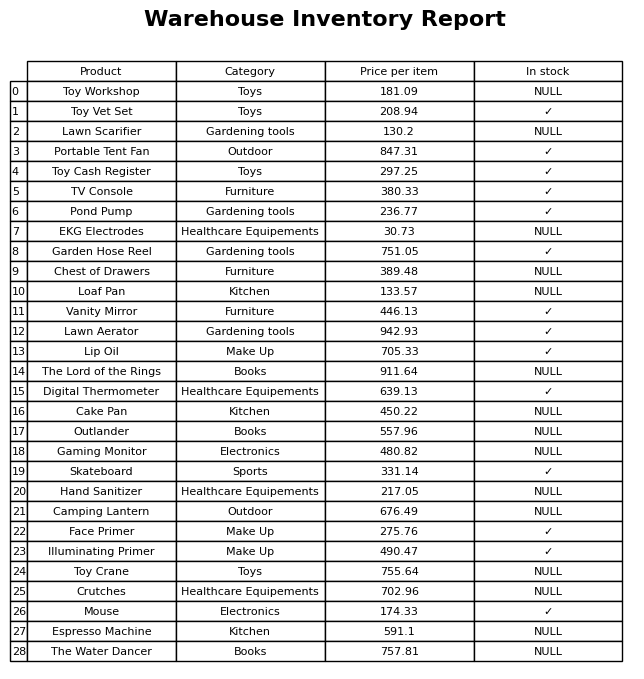
question: What is the price of the Toy Crane?
answer: The price of Toy Crane is 755.64.